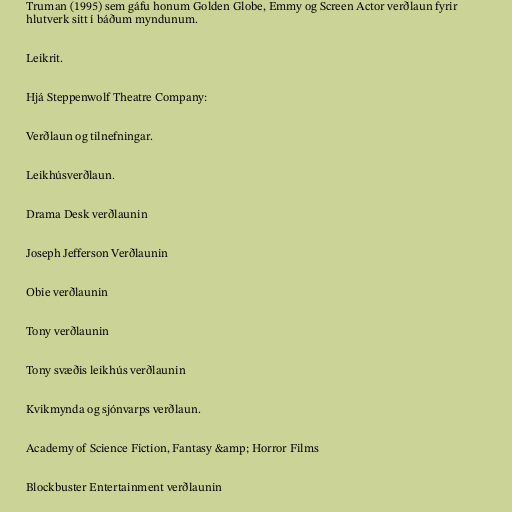
Truman (1995) sem gáfu honum Golden Globe, Emmy og Screen Actor verðlaun fyrir
hlutverk sitt í báðum myndunum.

Leikrit.

Hjá Steppenwolf Theatre Company:

Verðlaun og tilnefningar.

Leikhúsverðlaun.

Drama Desk verðlaunin

Joseph Jefferson Verðlaunin

Obie verðlaunin

Tony verðlaunin

Tony svæðis leikhús verðlaunin

Kvikmynda og sjónvarps verðlaun.

Academy of Science Fiction, Fantasy &amp; Horror Films

Blockbuster Entertainment verðlaunin